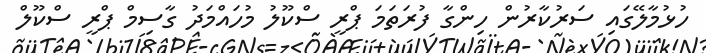
ހުޅުމާލޭގައި ސަރުކާރުން ހިންގާ ފުރަތަމަ ޕްރީ ސްކޫލު މުހައްމަދު ގާސިމް ޕްރީ ސްކޫލް